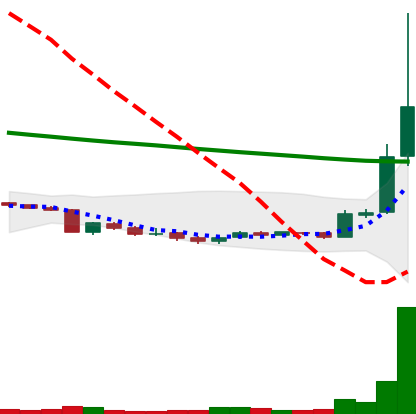
Ticker: XRP-USD
Chart end date: 2018-09-21
Forward return: -8.042%
Label: down_7plus